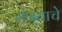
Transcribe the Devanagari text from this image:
मंत्र्याचे